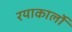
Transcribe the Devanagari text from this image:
रयाकार्लो